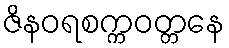
ဇိနဝရစက္ကဝတ္တနေ